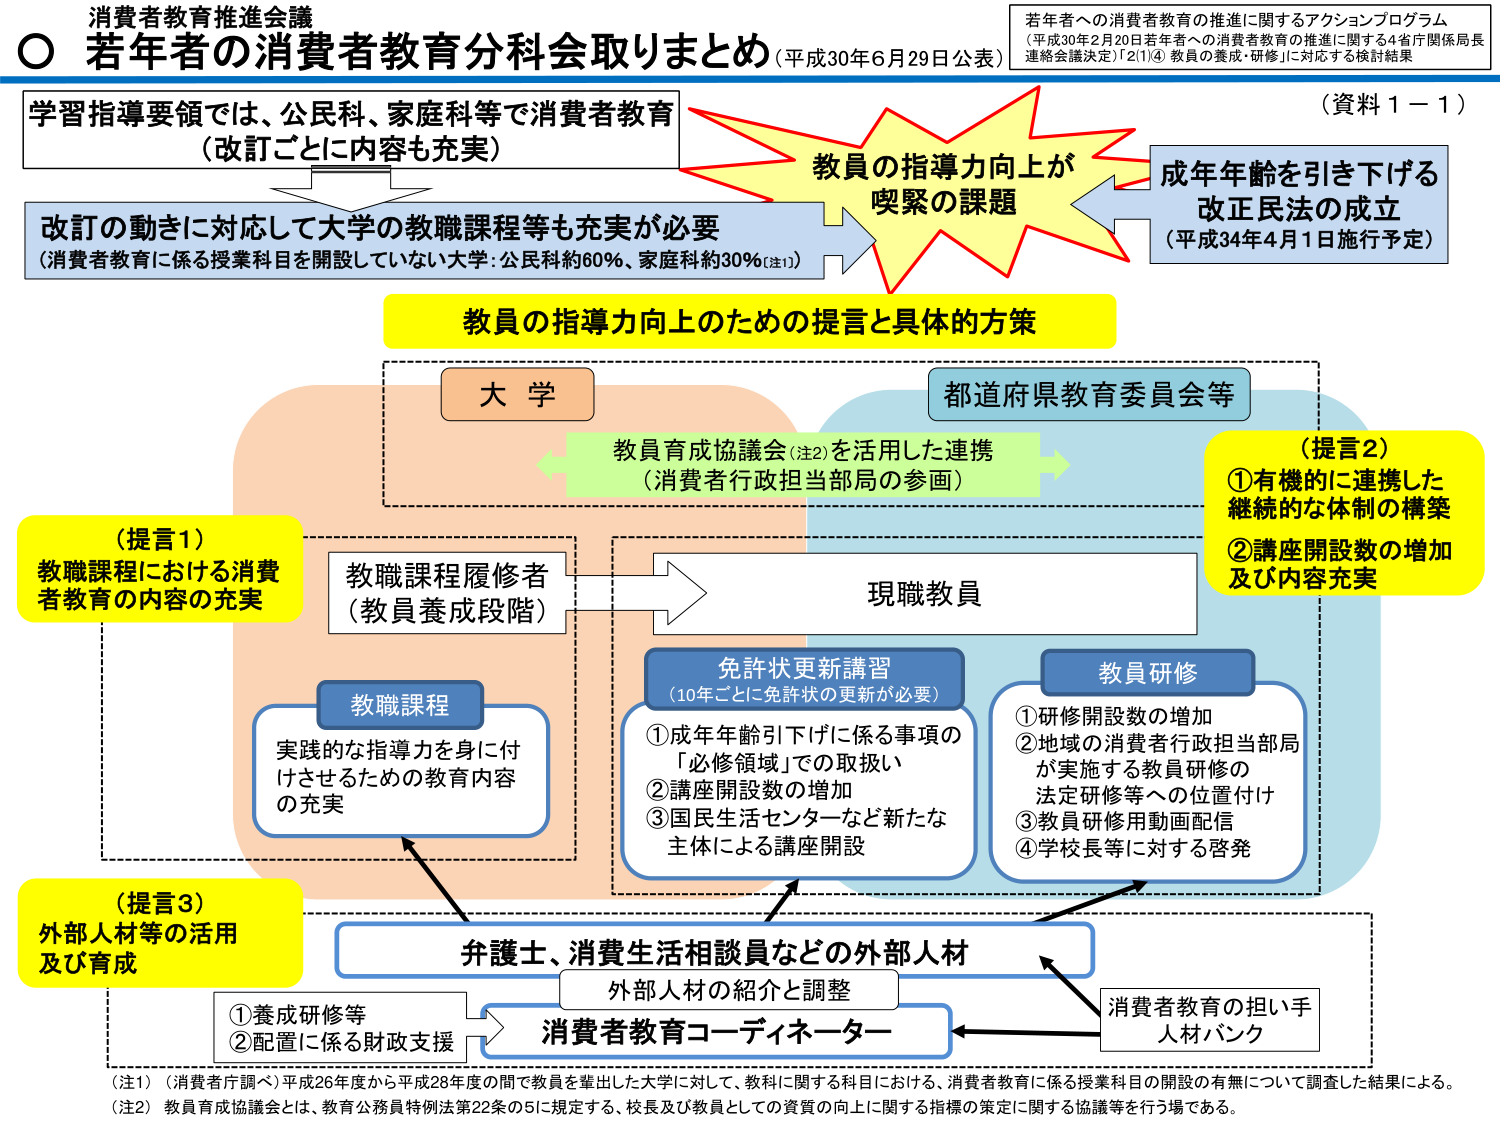
消費者教育推進会議
○ 若年者の消費者教育分科会取りまとめ（平成30年6月29日公表）

若年者への消費者教育の推進に関するアクションプログラム
（平成30年2月20日若年者への消費者教育の推進に関する4省庁関係局長連絡会議決定）「2(1)④ 教員の養成・研修」に対応する検討結果

（資料１－１）

学習指導要領では、公民科、家庭科等で消費者教育
（改訂ごとに内容も充実）

改訂の動きに対応して大学の教職課程等も充実が必要
（消費者教育に係る授業科目を開設していない大学：公民科約60%、家庭科約30%（注1））

教員の指導力向上が
喫緊の課題

成年年齢を引き下げる
改正民法の成立
（平成34年4月1日施行予定）

教員の指導力向上のための提言と具体的方策

大学

都道府県教育委員会等

教員育成協議会（注2）を活用した連携
（消費者行政担当部局の参画）

（提言1）
教職課程における消費者教育の内容の充実

教職課程履修者
（教員養成段階）

現職教員

教職課程
実践的な指導力を身に付けさせるための教育内容の充実

免許状更新講習
（10年ごとに免許状の更新が必要）
①成年年齢引下げに係る事項の「必修領域」での取扱い
②講座開設数の増加
③国民生活センターなど新たな主体による講座開設

教員研修
①研修開設数の増加
②地域の消費者行政担当局が実施する教員研修の法定研修等への位置付け
③教員研修用動画配信
④学校長等に対する啓発

（提言2）
①有機的に連携した継続的な体制の構築
②講座開設数の増加及び内容充実

（提言3）
外部人材等の活用及び育成

弁護士、消費生活相談員などの外部人材

外部人材の紹介と調整

消費者教育コーディネーター

消費者教育の担い手
人材バンク

①養成研修等
②配置に係る財政支援

（注1）（消費者庁調べ）平成26年度から平成28年度の間で教員を輩出した大学に対して、教科に関する科目における、消費者教育に係る授業科目の開設の有無について調査した結果による。
（注2）教員育成協議会とは、教育公務員特例法第22条の5に規定する、校長及び教員としての資質の向上に関する指標の策定に関する協議等を行う場である。